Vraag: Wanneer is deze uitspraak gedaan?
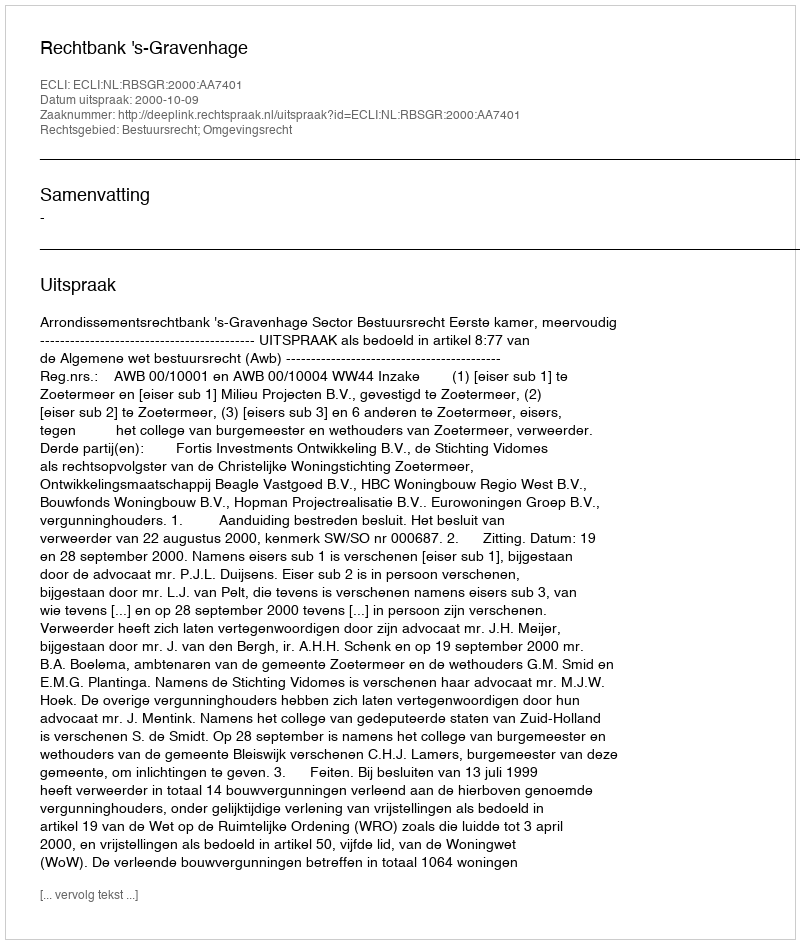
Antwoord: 2000-10-09